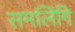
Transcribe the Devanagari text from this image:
समलिंगि